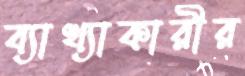
ব্যাখ্যাকারীর